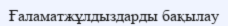
Ғаламатжұлдыздарды бақылау